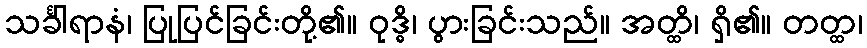
သင်္ခါရာနံ၊ ပြုပြင်ခြင်းတို့၏။ ဝုဒ္ဓိ၊ ပွားခြင်းသည်။ အတ္ထိ၊ ရှိ၏။ တတ္ထ၊